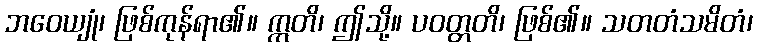
ဘဝေယျုံ၊ ဖြစ်ကုန်ရာ၏။ ဣတိ၊ ဤသို့။ ပဝတ္တတိ၊ ဖြစ်၏။ သတတံသမိတံ၊